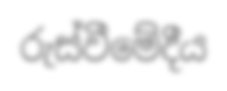
රුස්වීමේදීය